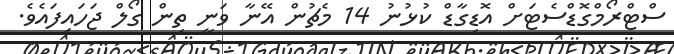
ސްޓްރޯމްގޮޑްސެޓަށް އޮޑިގާޑް ކުޅުނު 14 މެޗުން އޭނާ ވަނީ ތިން ގޯލް ޖަހައިފައެވެ.